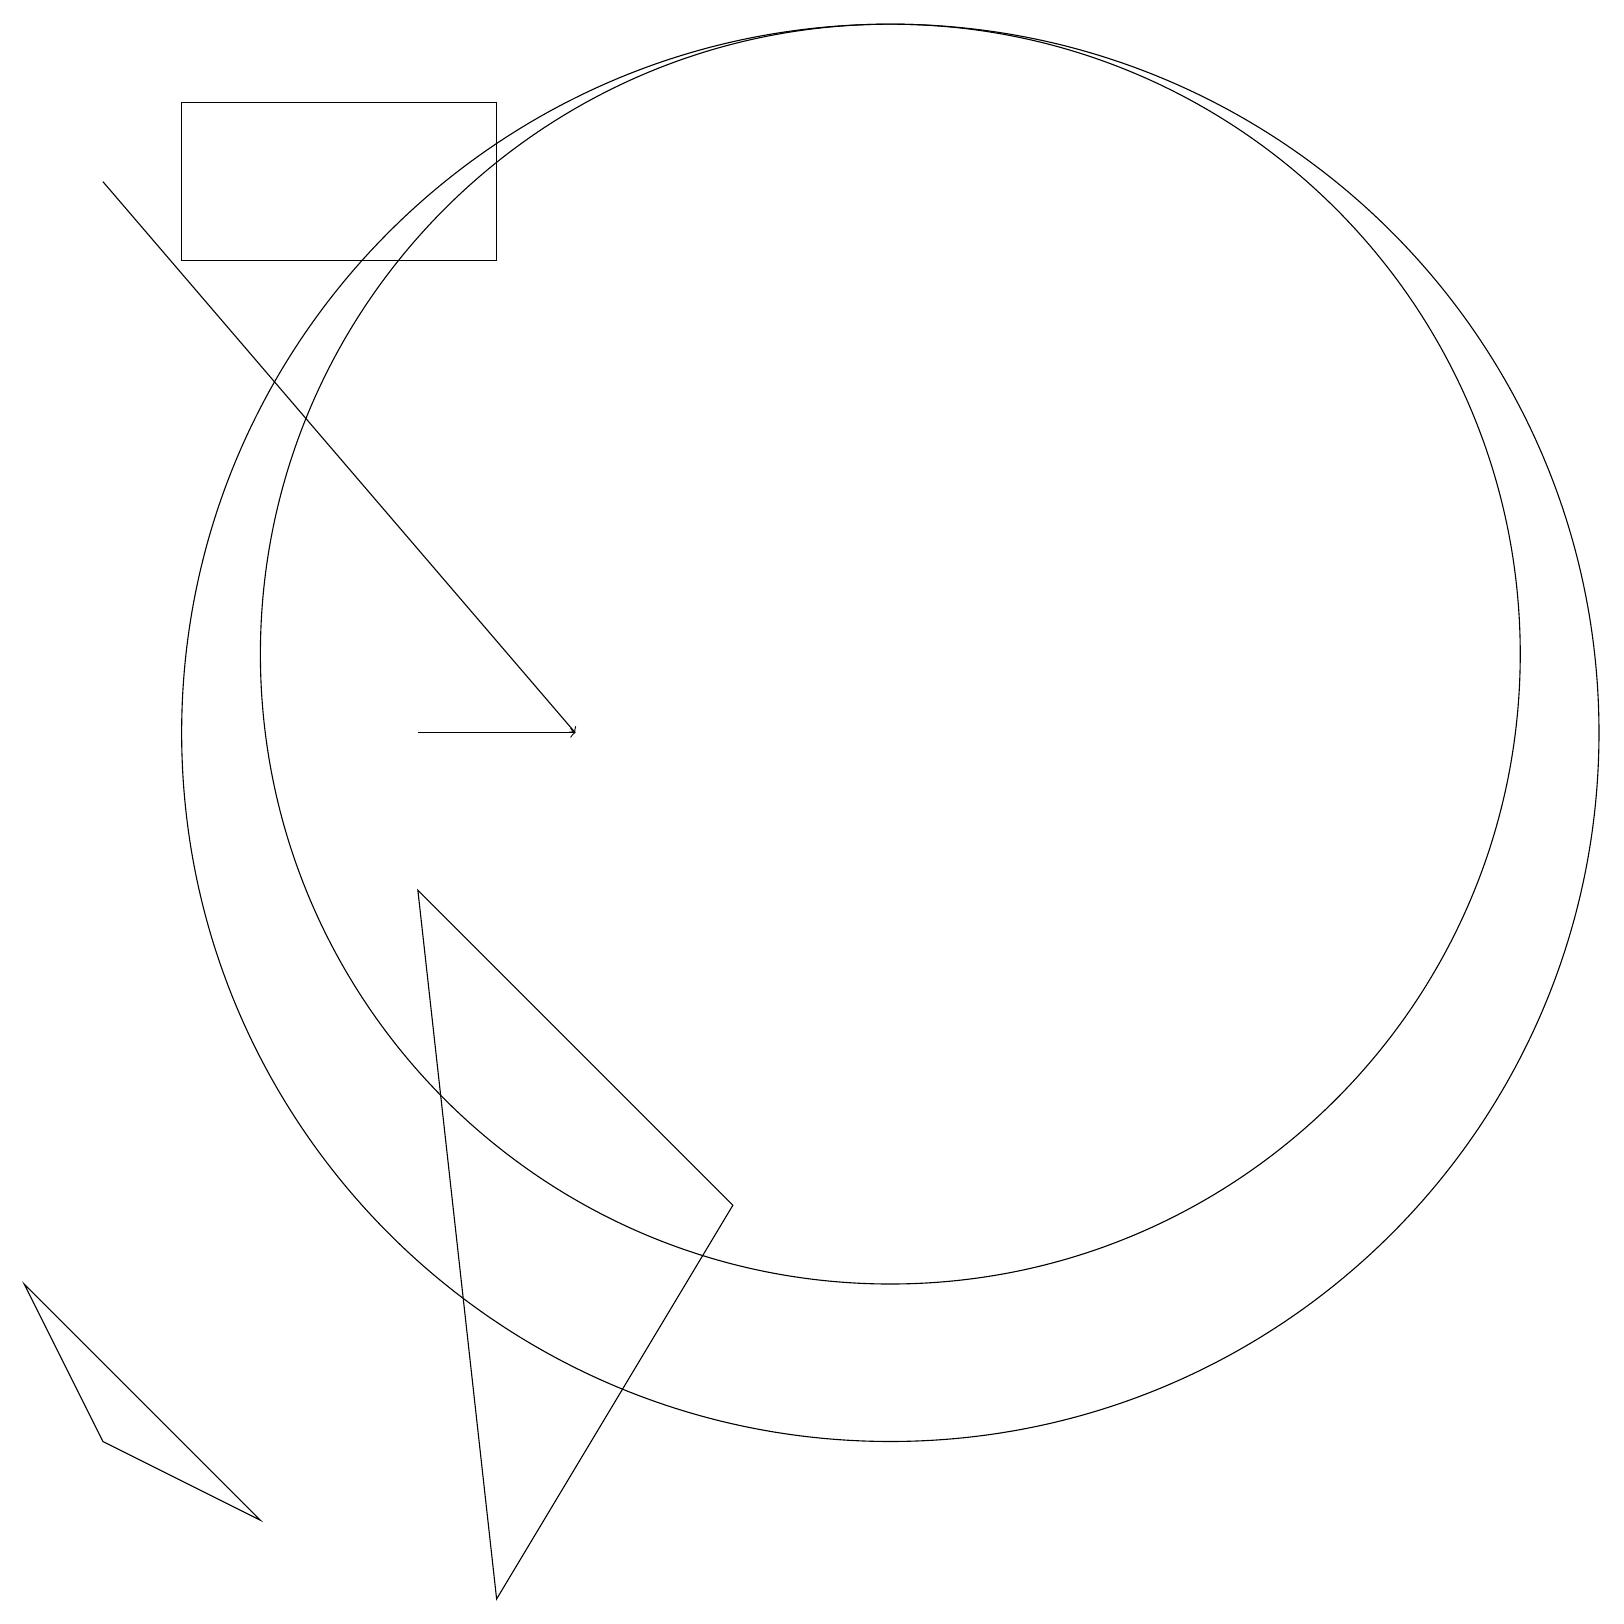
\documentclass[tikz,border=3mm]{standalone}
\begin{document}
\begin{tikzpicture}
\draw (11,12) circle (8);
\draw (11,11) circle (9);
\draw[->] (1,18) -- (7,11);
\draw[->] (5,11) -- (7,11);
\draw (6,19) rectangle (2,17);
\draw (1,2) -- (0,4) -- (3,1) -- cycle;
\draw (9,5) -- (6,0) -- (5,9) -- cycle;
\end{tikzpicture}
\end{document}